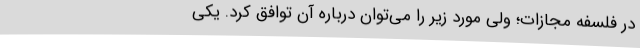
در فلسفه مجازات؛ ولی مورد زیر را می‌توان درباره آن توافق کرد. یکی